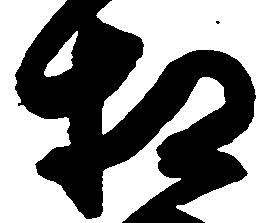
相